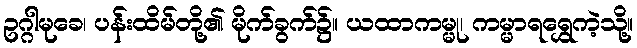
ဥဂ္ဂါမုခေ၊ ပန်းထိမ်တို့၏ မိုက်ခွက်၌။ ယထာကမ္မု၊ ကမ္မာရရွှေကဲ့သို့။